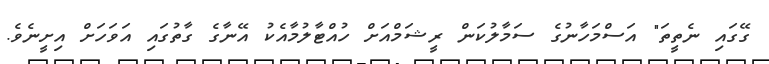
ގޭގައި ނެތީތަ" އަސްމަހާނުގެ ސަމާލުކަން ރީޝަމްއަށް ހުއްޓާލުމާއެކު އޭނާގެ ގާތުގައި އަވަހަށް އިށީނެވެ.